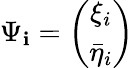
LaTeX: \Psi_{\mathbf{i}}=\left(\begin{array}{c}{{\xi_{i}}}\\ {{\bar{\eta}_{i}}}\end{array}\right)